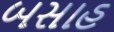
બસાહ